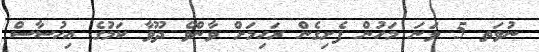
ނުވަތ 5 ވަނަ މަހުން ފެށިގެން ރަހިމަށް ވާންވެ ދޫވާ ކަމުގެ އިހުސާސް